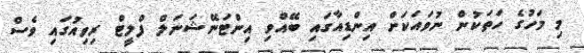
މި މަހުގެ ހަތަކުން ނުވައަކަށް އިންޑިއާގައި ބޭއްވި އިންޓަނޭޝަނަލް ފްލީޓް ރިވިއުގައި ވެސް